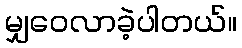
မျှဝေလာခဲ့ပါတယ်။